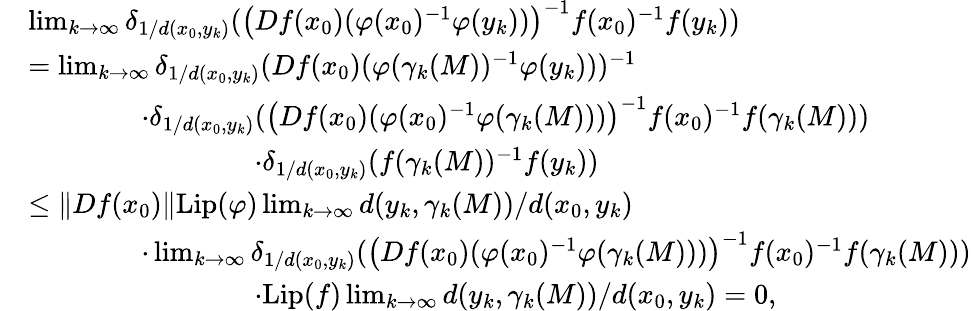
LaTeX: \begin{array}{rl}&{\operatorname*{lim}_{k\to\infty}\delta_{1/d(x_{0},y_{k})}(\big(Df(x_{0})(\varphi(x_{0})^{-1}\varphi(y_{k}))\big)^{-1}f(x_{0})^{-1}f(y_{k}))}\\ &{=\operatorname*{lim}_{k\to\infty}\delta_{1/d(x_{0},y_{k})}(Df(x_{0})(\varphi(\gamma_{k}(M))^{-1}\varphi(y_{k})))^{-1}}\\ &{\qquad\qquad\cdot\delta_{1/d(x_{0},y_{k})}(\big(Df(x_{0})(\varphi(x_{0})^{-1}\varphi(\gamma_{k}(M)))\big)^{-1}f(x_{0})^{-1}f(\gamma_{k}(M)))}\\ &{\qquad\qquad\qquad\qquad\cdot\delta_{1/d(x_{0},y_{k})}(f(\gamma_{k}(M))^{-1}f(y_{k}))}\\ &{\leq\lVert Df(x_{0})\rVert\mathrm{Lip}(\varphi)\operatorname*{lim}_{k\to\infty}d(y_{k},\gamma_{k}(M))/d(x_{0},y_{k})}\\ &{\qquad\qquad\cdot\operatorname*{lim}_{k\to\infty}\delta_{1/d(x_{0},y_{k})}(\big(Df(x_{0})(\varphi(x_{0})^{-1}\varphi(\gamma_{k}(M)))\big)^{-1}f(x_{0})^{-1}f(\gamma_{k}(M)))}\\ &{\qquad\qquad\qquad\qquad\cdot\mathrm{Lip}(f)\operatorname*{lim}_{k\to\infty}d(y_{k},\gamma_{k}(M))/d(x_{0},y_{k})=0,}\end{array}